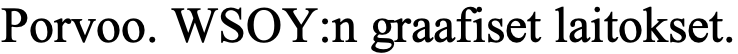
Porvoo. WSOY:n graafiset laitokset.